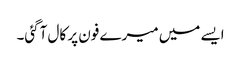
ایسے میں میرے فون پر کال آگئی۔